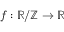
f : { \mathbb { R } / \mathbb { Z } } \to \mathbb { R }